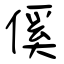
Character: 傒